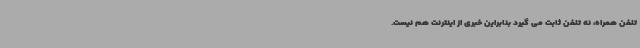
تلفن همراه، نه تلفن ثابت می گیرد بنابراین خبری از اینترنت هم نیست.